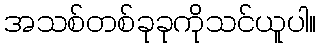
အသစ်တစ်ခုခုကိုသင်ယူပါ။